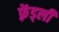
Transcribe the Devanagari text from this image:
फ़्रेंड्ली